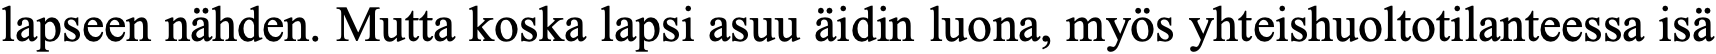
lapseen nähden. Mutta koska lapsi asuu äidin luona, myös yhteishuoltotilanteessa isä